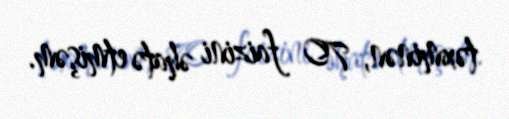
təxminən, 70 faizini əhatə etmişəm.